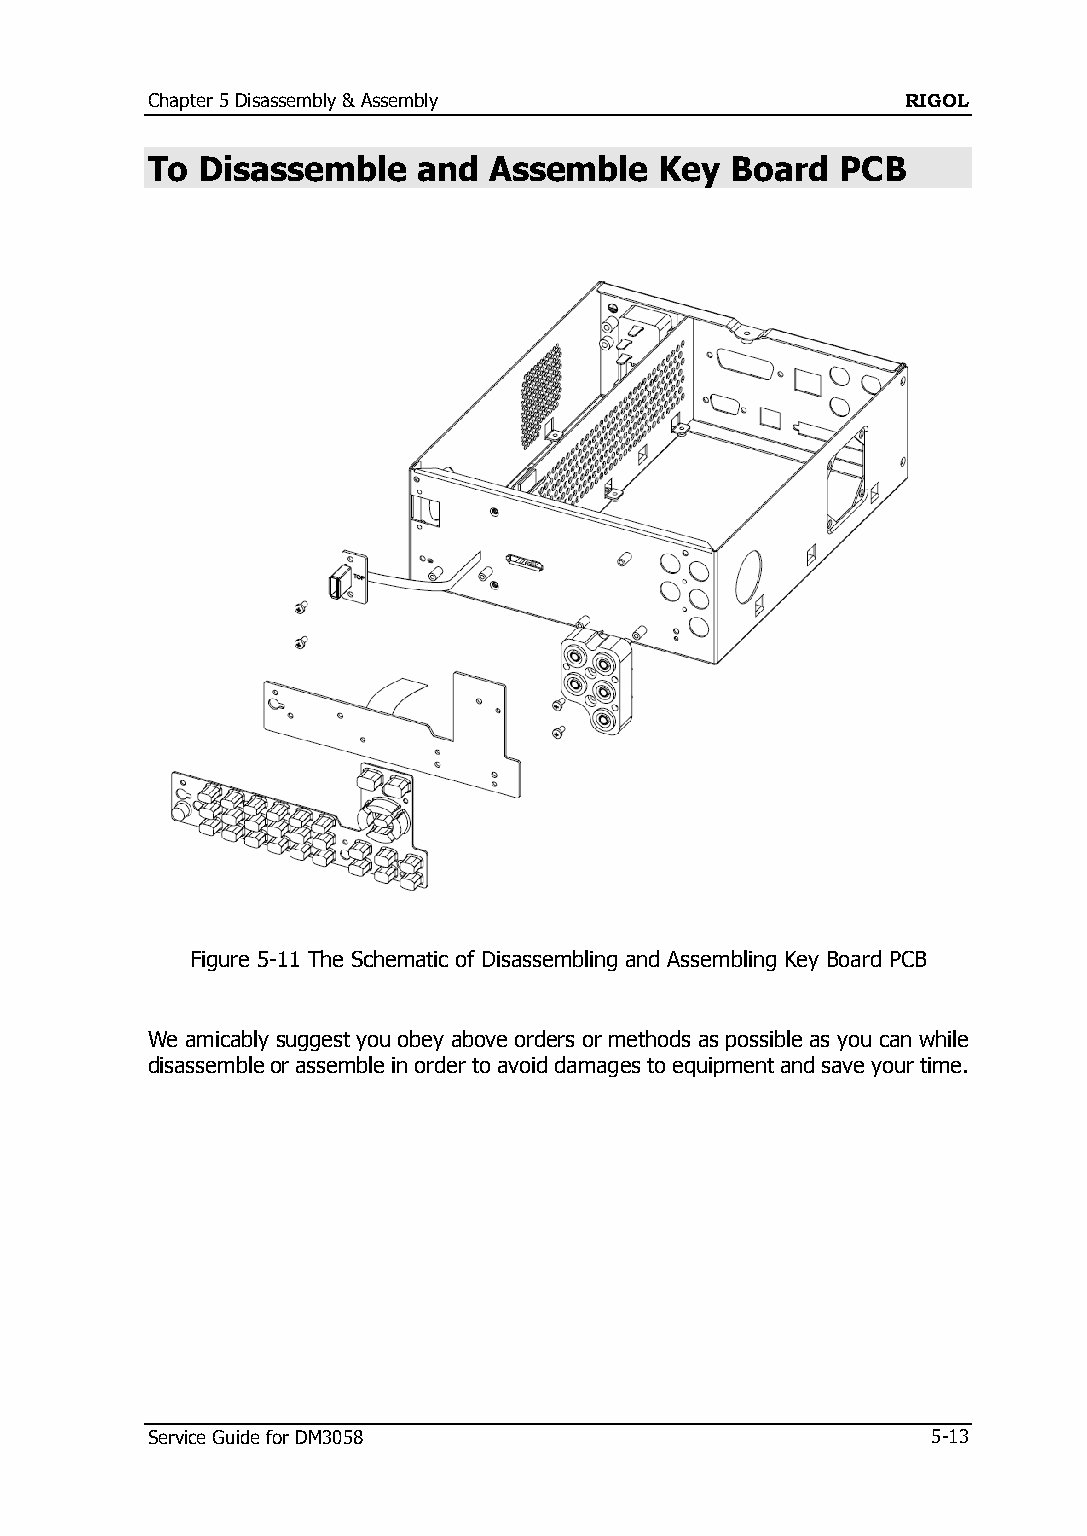
Chapter 5 Disassembly & Assembly                  RIGOL
 To Disassemble    and Assemble    Key Board   PCB
 Figure 5-11 The Schematic of Disassembling and Assembling Key Board PCB
 We amicably suggest you obey above orders or methods as possible as you can while
 disassemble or assemble in order to avoid damages to equipment and save your time.
 Service Guide for DM3058                            5-13